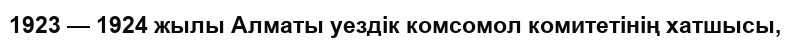
1923 — 1924 жылы Алматы уездік комсомол комитетінің хатшысы,